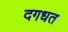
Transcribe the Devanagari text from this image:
दगधत